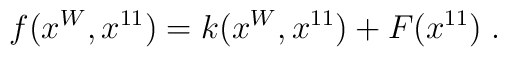
f(x^W,x^{11})=k(x^W,x^{11})+F(x^{11}) \; .